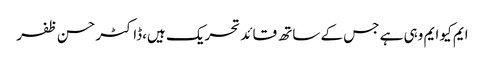
ایم کیو ایم وہی ہے جس کے ساتھ قائد تحریک ہیں،ڈاکٹر حسن ظفر